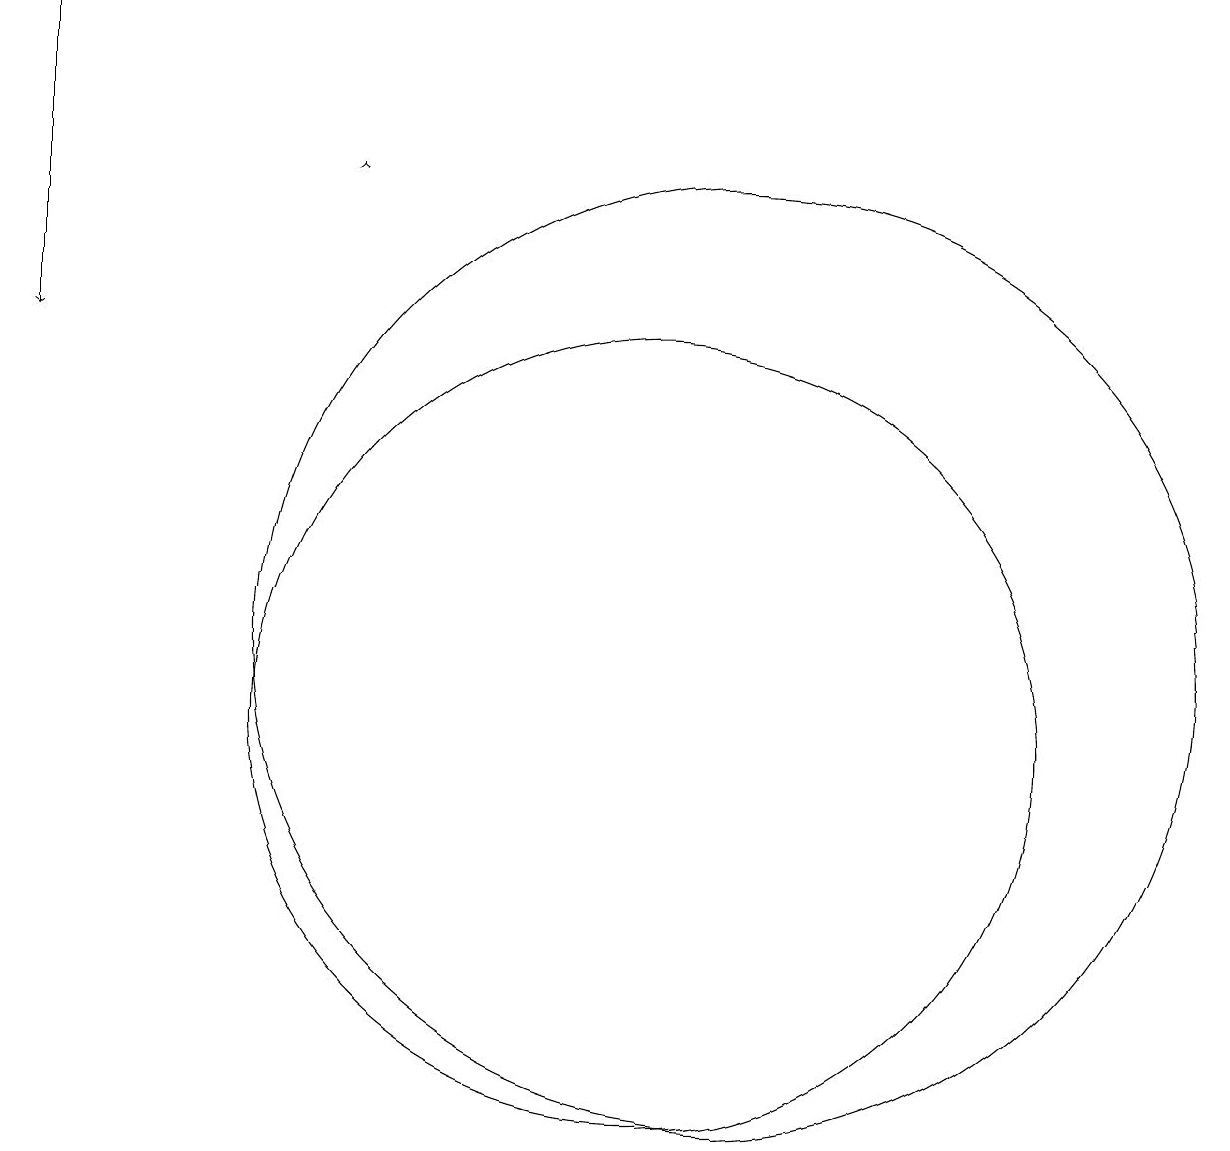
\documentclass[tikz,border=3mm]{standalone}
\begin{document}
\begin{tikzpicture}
\draw[->] (2,19) -- (2,15);
\draw (11,11) circle (6);
\draw[->] (6,17) -- (6,17);
\draw (10,10) circle (5);
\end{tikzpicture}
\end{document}